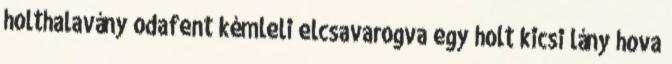
holthalavány odafent kémleli elcsavarogva egy holt kicsi lány hova